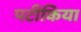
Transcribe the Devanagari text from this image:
पटीकिया